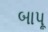
બાપૂ